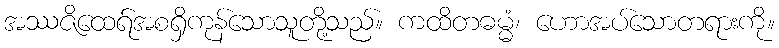
အဿဇိထေရ်အစရှိကုန်သောသူတို့သည်။ ကထိတဓမ္မံ၊ ဟောအပ်သောတရားကို။